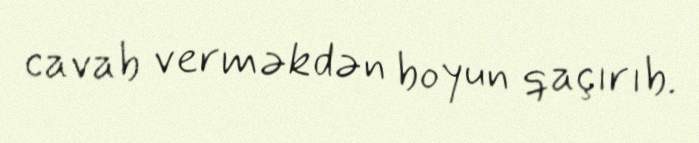
cavab verməkdən boyun qaçırıb.